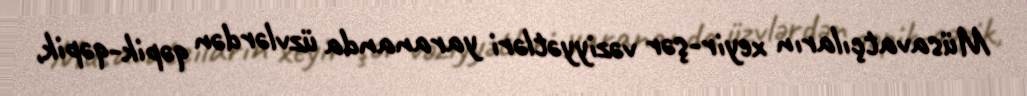
Müsavatçıların xeyir-şər vəziyyətləri yarananda üzvlərdən qəpik-qəpik,